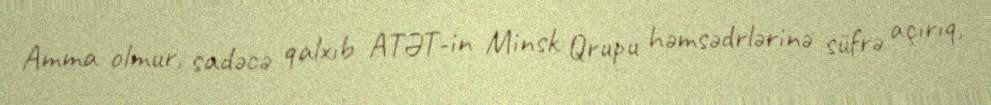
Amma olmur, sadəcə qalxıb ATƏT-in Minsk Qrupu həmsədrlərinə süfrə açırıq,